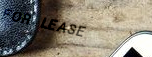
FOR LEASE